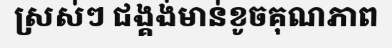
ស្រស់ៗ ជង្គង់មាន់ខូចគុណភាព